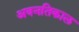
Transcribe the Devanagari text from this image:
अवनतिकाल